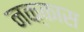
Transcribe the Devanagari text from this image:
नक्कास